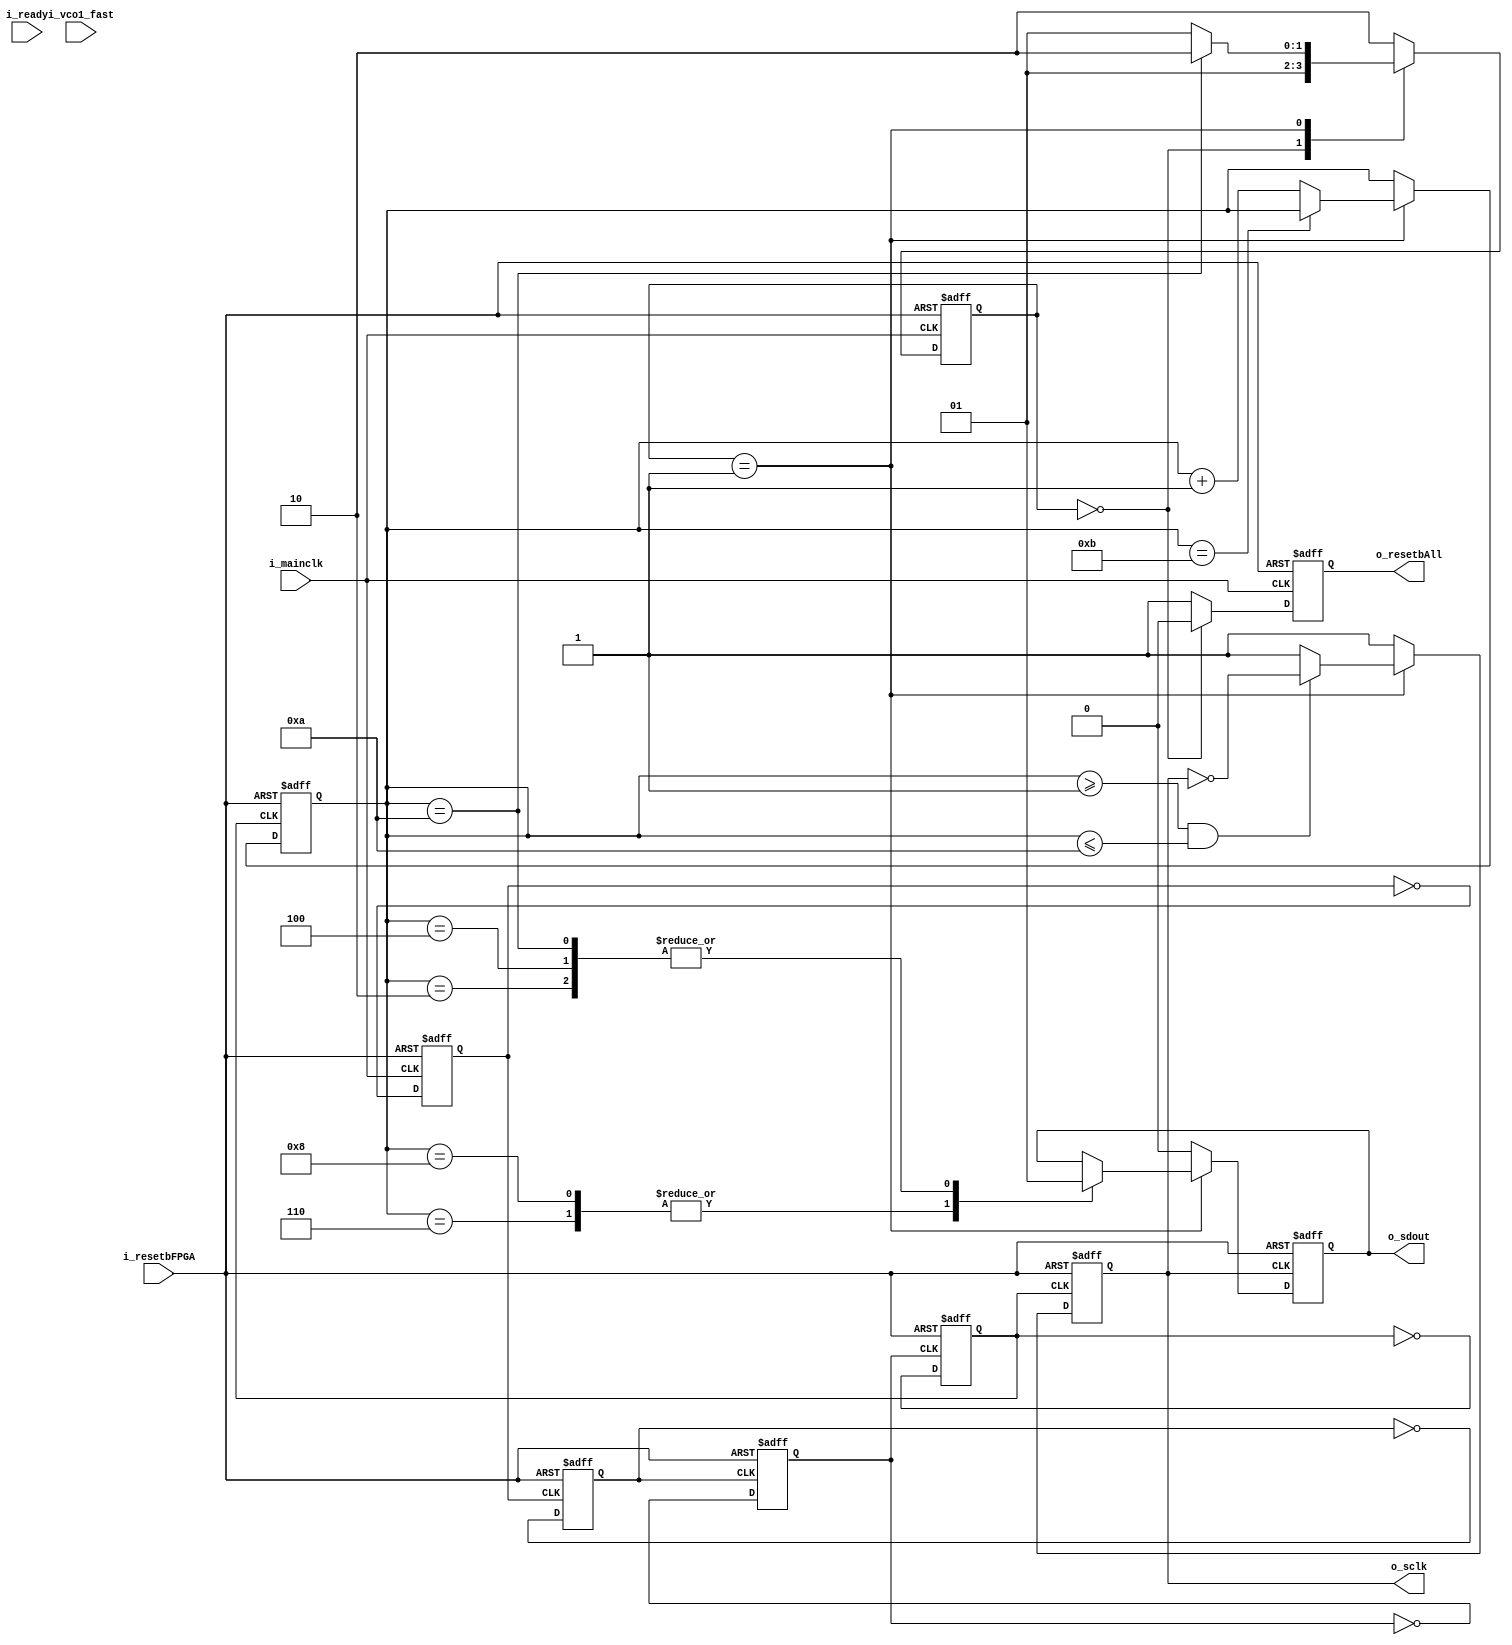
///////////////////////////////////////////////////////////////////////////////
/*FPGA model
 * Generates reset signal for the chip
 * Sends out progamming bits to the chip
*/
module FPGA_model(	i_resetbFPGA,
			i_ready,
			i_mainclk,
			i_vco1_fast,
			o_resetbAll,
			o_sclk, 
			o_sdout);

//============================================================================
//Parameter declarations
parameter opcode_gainA1	= 6; //range: 0-7. Gain for amplifier 1
parameter opcode_gainA2	= 1; //range: 0-3. Gain for amplifier 2

//FPGA states
parameter sRESET 	= 0; //Reset all internal variables. Make o_resetbAll=0.
parameter sPROGRAM	= 1; //Send programming bits to chip.
parameter sIDLE		= 2; //Do nothing.
//===========================================================================
//Input output declarations
input i_resetbFPGA; 		//resets FPGA
input i_ready;			//Alerts FPGA that chip is programmed and ready
input i_mainclk;		//Main clock
input i_vco1_fast;		//Goes high when vco1 is faster than vco2
output reg o_resetbAll;		//Reset for the chip
output reg o_sclk;		//Serial clock for communication
output reg o_sdout;		//Serial data out from FPGA (to chip)


//Internal wire, reg declarations
reg [1:0] FPGAstate;		//Holds the state of FPGA
reg [3:0] count;		//Used for controlling sclk generation and transmission of serial data
reg mainclkby2, mainclkby4, mainclkby8, mainclkby16; //Low frequency clocks derived from mainclk

//=============================================================
//BEHAVIORAL DESCRIPTION
//=============================================================
// Setting the FPGA state
always @ (posedge(i_mainclk) or negedge(i_resetbFPGA))
begin
	if(i_resetbFPGA == 0)
		FPGAstate <= sRESET;
	else
	begin
		case(FPGAstate)
		sRESET: FPGAstate <= sPROGRAM;
		sPROGRAM: 
		begin	
			if(count== 10)
				FPGAstate <= sIDLE;
			else
				FPGAstate <= sPROGRAM;
		end
		sIDLE: FPGAstate <=sIDLE;
		default: FPGAstate <= sIDLE;
		endcase
	end
end
//========================================================
/*resetbALL
 * resetbAll=0, when FPGA is reset. 
 * resetbAll=1 at all other times.
*/
always @(posedge(i_mainclk) or negedge(i_resetbFPGA))
begin
	if(i_resetbFPGA == 0)
		o_resetbAll <= 0;
	else
	begin
		if(FPGAstate == sRESET)
			o_resetbAll <= 0;
		else
			o_resetbAll <= 1;
	end
end
//==========================================================
/* Generation of low frequency clocks from mainclk using divide-by-2 method
*/
always @ (posedge(i_mainclk) or negedge(i_resetbFPGA))
begin
	if(i_resetbFPGA == 0)
		mainclkby2 <= 0;
	else
		mainclkby2 <= ~mainclkby2;
end

always @ (posedge(mainclkby2) or negedge(i_resetbFPGA))
begin
	if(i_resetbFPGA == 0)
		mainclkby4 <= 0;
	else
		mainclkby4 <= ~mainclkby4;
end

always @(posedge(mainclkby4) or negedge(i_resetbFPGA))
begin
	if(i_resetbFPGA == 0)
		mainclkby8 <= 0;
	else
		mainclkby8 <= ~mainclkby8;
end

always @(posedge(mainclkby8) or negedge(i_resetbFPGA))
begin
	if(i_resetbFPGA == 0)
		mainclkby16 <= 0;
	else
		mainclkby16 <= ~mainclkby16;
end
//==========================================================
/*count
 * used for the generation of sclk and selecting the data to be sent in through sdin
 */
always	@(posedge(mainclkby16) or negedge(i_resetbFPGA))
begin
	if(i_resetbFPGA == 0)
		count <= 0;
	else
	begin
		if(FPGAstate == sPROGRAM)
		begin
			if(count == 11)
				count <= count;
			else
				count <= count+1;
		end
		else
			count <= count;
	end
end
//=========================================================
/*sclk
 * sclk is a clock only when the FPGA is programming the chip.
 */
always @ (posedge(mainclkby16) or negedge(i_resetbFPGA))
begin
	if(i_resetbFPGA == 0)
		o_sclk <= 1;
	else
	begin
		if(FPGAstate == sPROGRAM)
		begin
			if (count >= 1 && count <= 10)
				o_sclk <= ~o_sclk;
			else
				o_sclk <= 1;
		end
		else
			o_sclk <= 1;
	end
end

//=========================================================
/*sdin
 *serial data out from FPGA
 */
always @ (negedge(o_sclk) or negedge(i_resetbFPGA))
begin
	if(i_resetbFPGA == 0)
		o_sdout <= 0;
	else
	begin
		if(FPGAstate == sPROGRAM)
		begin
			case(count)
			4'd2: o_sdout <= opcode_gainA1[2];
			4'd4: o_sdout <= opcode_gainA1[1];
			4'd6: o_sdout <= opcode_gainA1[0];
			4'd8: o_sdout <= opcode_gainA2[1];
			4'd10: o_sdout <= opcode_gainA2[0];
			default: o_sdout <= o_sdout;
			endcase
		end
		else
			o_sdout <= 0;
		
	end
end
//==========================================================
endmodule